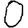
Digit: 0